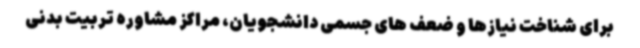
برای شناخت نیازها و ضعف های جسمی دانشجویان، مراکز مشاوره تربیت بدنی